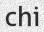
chi